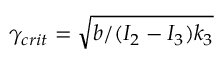
\gamma _ { c r i t } = \sqrt { b / ( I _ { 2 } - I _ { 3 } ) k _ { 3 } }